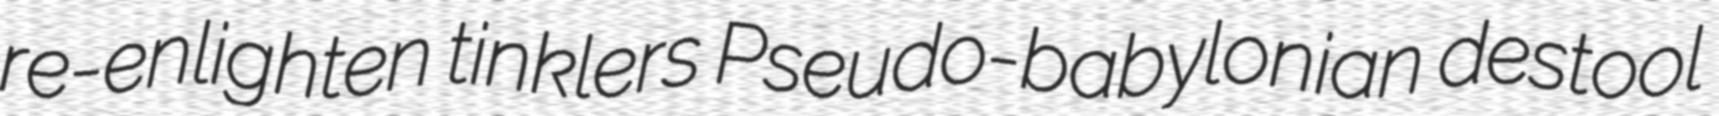
re-enlighten tinklers Pseudo-babylonian destool